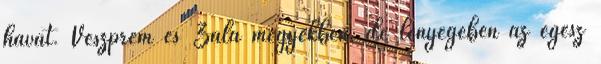
havat. Veszprém és Zala megyékben, de lényegében az egész